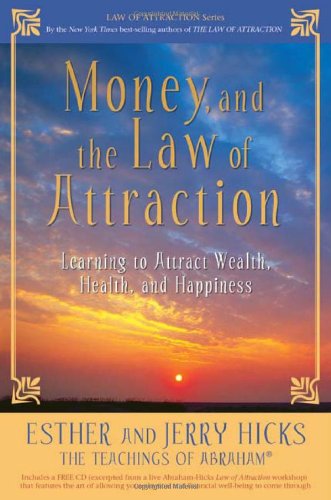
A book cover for Money, and the Law of Attraction: Learning to Attract Wealth, Health, and Happiness; Esther Hicks; Self-Help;